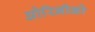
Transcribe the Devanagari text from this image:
ओरिनीको